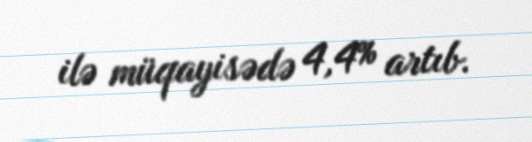
ilə müqayisədə 4,4% artıb.